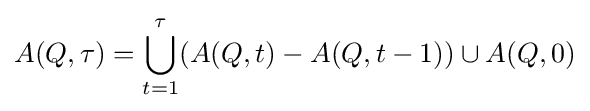
A(Q,\tau )=\bigcup _{t=1}^{\tau }(A(Q,t)-A(Q,t-1))\cup A(Q,0)